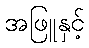
အဖြူနှင့်